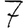
Digit: 7